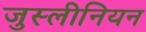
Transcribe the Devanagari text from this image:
जुस्लीनियन